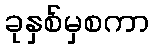
ခုနှစ်မှစကာ